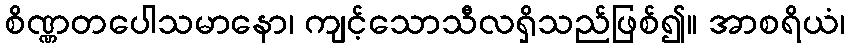
စိဏ္ဏတပေါသမာနော၊ ကျင့်သောသီလရှိသည်ဖြစ်၍။ အာစရိယံ၊